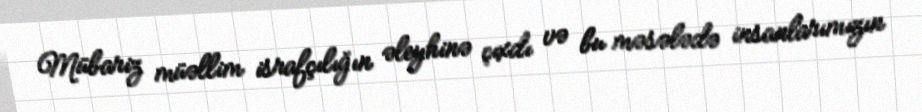
Mübariz müəllim israfçılığın əleyhinə çıxdı və bu məsələdə insanlarımızın